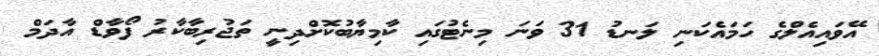
އޭވައިއެލްގެ ހަމައެކަނި ލަނޑު 31 ވަނަ މިނެޓުގައި ކާމިޔާބުކޮށްދިނީ ތަޖުރިބާކާރު ފޯވާޑް އާދަމް